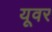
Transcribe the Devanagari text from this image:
यूवर